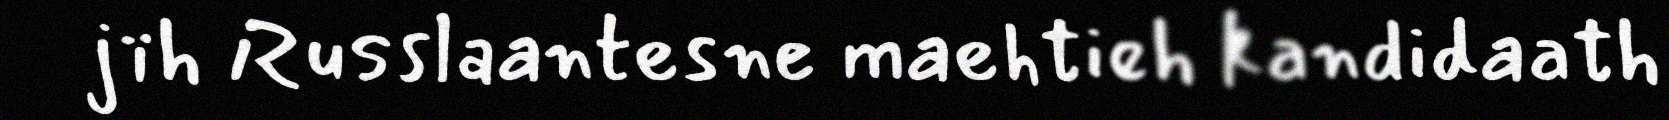
jïh Russlaantesne maehtieh kandidaath